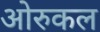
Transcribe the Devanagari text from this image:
ओरुकल